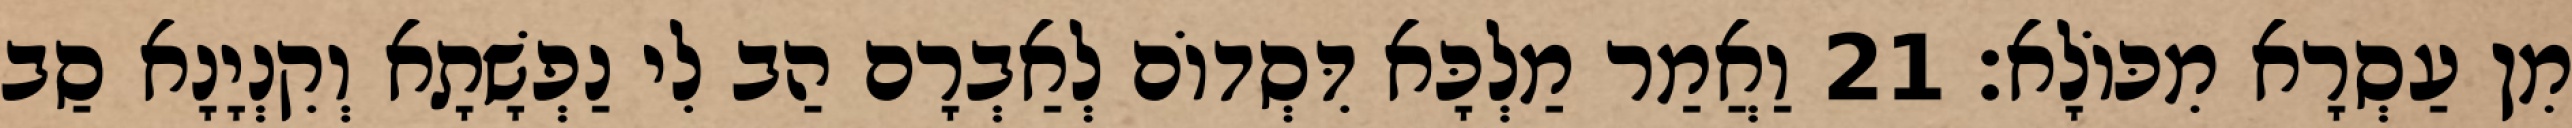
מִן עַסְרָא מִכּוֹלָא׃ 21 וַאֲמַר מַלְכָּא דִּסְדוֹם לְאַבְרָם הַב לִי נַפְשָׁתָא וְקִנְיָנָא סַב